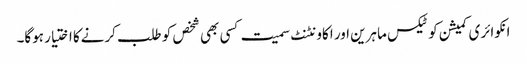
انکوائری کمیشن کو ٹیکس ماہرین اور اکاونٹنٹ سمیت کسی بھی شخص کو طلب کرنےکا اختیار ہوگا۔